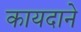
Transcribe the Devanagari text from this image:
कायदाने